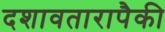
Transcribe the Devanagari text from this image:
दशावतारापैकी